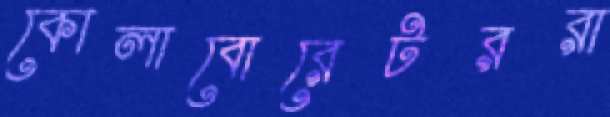
কোলাবোরেটররা